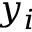
y _ { i }